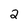
Character: 2